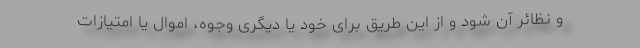
و نظائر آن شود و از این طریق برای خود یا دیگری وجوه، اموال یا امتیازات